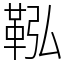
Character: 鞃